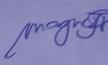
Signature authenticity: genuine